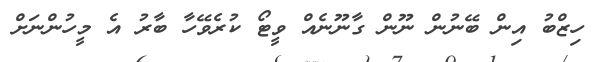
ހިޒްބު އިން ބޭނުން ނޫން ގާނޫނެއް ވީޓޯ ކުރެވޭހާ ބާރު އެ މީހުންނަށް